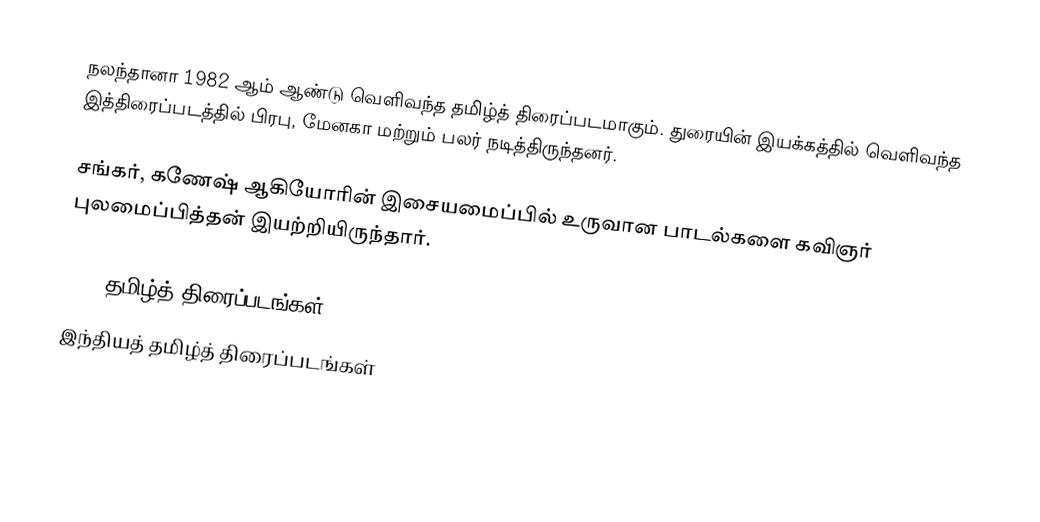
நலந்தானா 1982 ஆம் ஆண்டு வெளிவந்த தமிழ்த் திரைப்படமாகும். துரையின் இயக்கத்தில் வெளிவந்த இத்திரைப்படத்தில் பிரபு, மேனகா மற்றும் பலர் நடித்திருந்தனர்.

சங்கர், கணேஷ் ஆகியோரின் இசையமைப்பில் உருவான பாடல்களை கவிஞர் புலமைப்பித்தன் இயற்றியிருந்தார்.

1982 தமிழ்த் திரைப்படங்கள்
இந்தியத் தமிழ்த் திரைப்படங்கள்